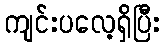
ကျင်းပလေ့ရှိပြီး